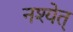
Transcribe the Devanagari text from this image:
नश्येत्